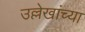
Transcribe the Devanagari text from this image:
उल्लेखांच्या